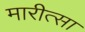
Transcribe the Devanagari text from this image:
मारीत्सा